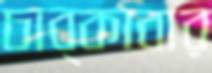
চাব্‌কাবার